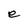
Character: e